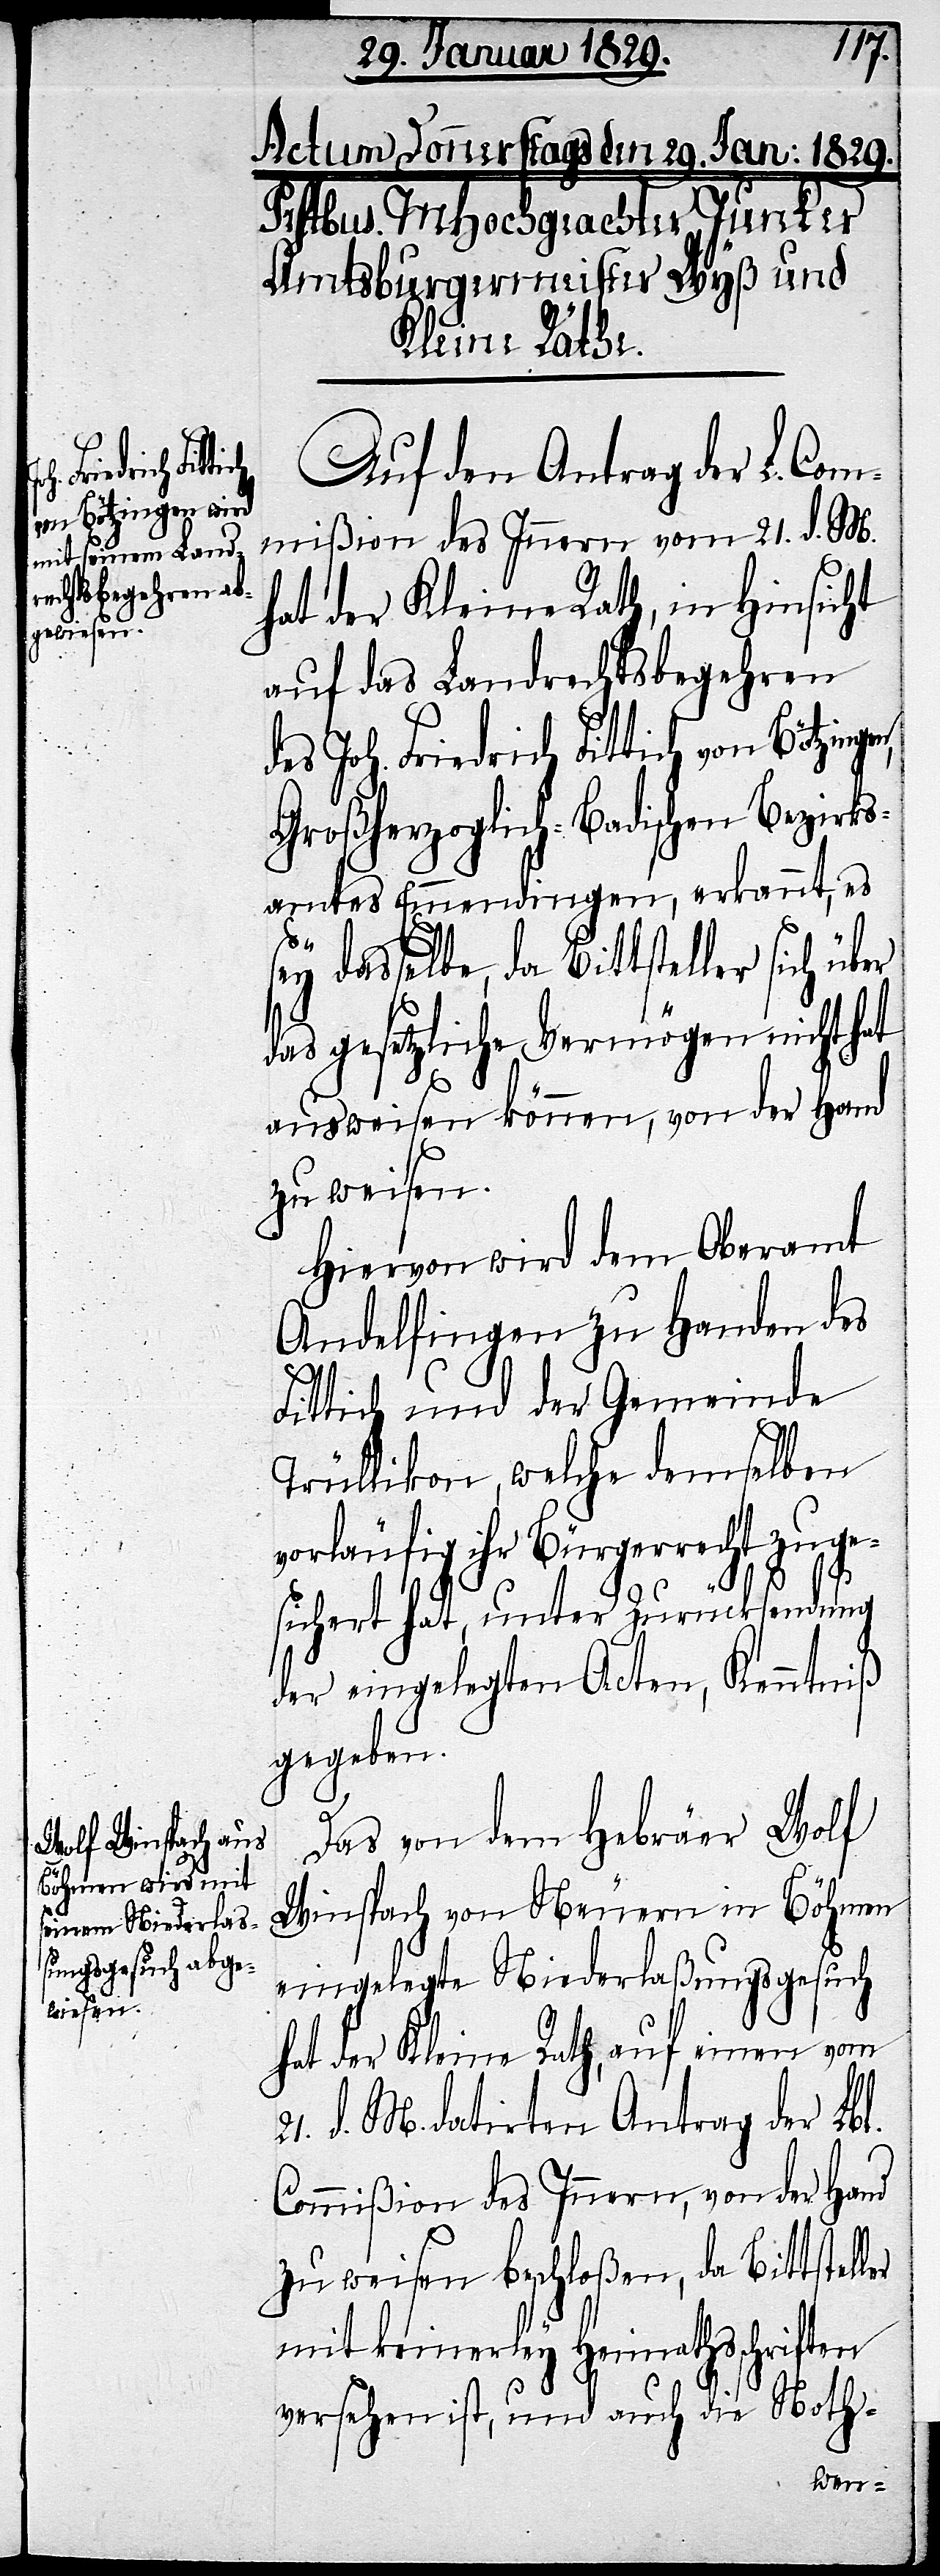
21.
ingen,
Auf den Antrag der L. Com¬
mißion des Innern vom 21. d. M.
hat der Kleine Rath, in Hinsicht
auf das Landrechtsbegehren
des Joh. Friedrich Fittich von Bötz¬
Großherzoglich-Badischen Bezirks¬
amtes Emmendingen, erkannt, es
dasselbe, da Bittsteller sich
das gesetzliche Vermögen nicht hat
ausweisen können, von der Hand
zu weisen.
Hiervon wird dem Oberamt
Andelfingen zu Handen des
Fittich und der Gemeinde
Trüllikon, welche demselben
vorläufig ihr Bürgerrecht zuge¬
er
sichert hat, unter Zurücksendung
der eingelegten Acten, Kenntniß
gegeben.
Das von dem Hebräer Wolf
Winspach von Neuern in Böhmen
eingelegte Niederlaßungsgesuch
hat der Kleine Rath, auf einen vom
d. M. datirten Antrag der Lbl.
Commißion des Innern, von der Hand
zu weisen beschloßen, da Bittstell¬
mit keinerley Heimathschriften
versehen ist, und auch die Noth-